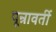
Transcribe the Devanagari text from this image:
पून्रावर्ती